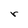
Character: r